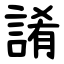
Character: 誵